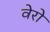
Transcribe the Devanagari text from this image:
वेरो